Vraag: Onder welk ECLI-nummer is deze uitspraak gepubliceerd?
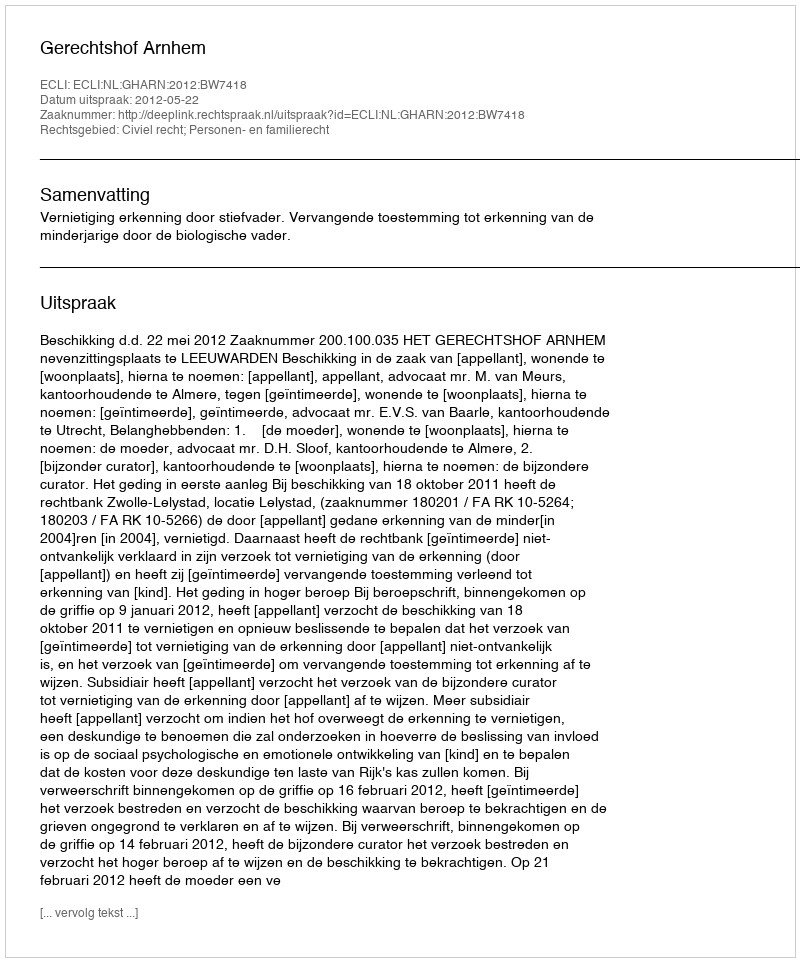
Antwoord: ECLI:NL:GHARN:2012:BW7418